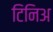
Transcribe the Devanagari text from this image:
टिनिअ